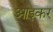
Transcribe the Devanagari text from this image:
आइकर